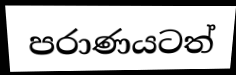
පරාණයටත්